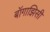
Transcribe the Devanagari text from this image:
बॉगाझिसी